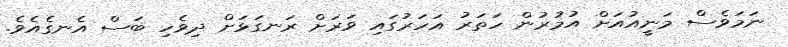
ނަމަވެސް މަނީއުއަށް އުމުރުން ހަތަރު އަހަރުގައި ވަރަށް ރަނގަޅަށް ދިވެހި ބަސް އެނގެއެވެ.